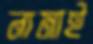
নামাই